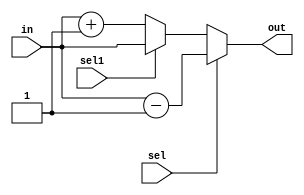
`timescale 1ns / 1ps
//////////////////////////////////////////////////////////////////////////////////
// Company: 
// Engineer: 
// 
// Design Name: 
// Module Name:    SP_ALU 
// Project Name: 
// Target Devices: 
// Tool versions: 
// Description: 
//
// Dependencies: 
//
// Revision: 
// Revision 0.01 - File Created
// Additional Comments: 
//
//////////////////////////////////////////////////////////////////////////////////
module SP_ALU(in,out,sel ,sel1);
	input [4:0] in;
	output [4:0] out;
	input sel,sel1;
	assign out=sel?in-1:(sel1?in:in+1);
endmodule